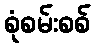
စုံစမ်းစစ်